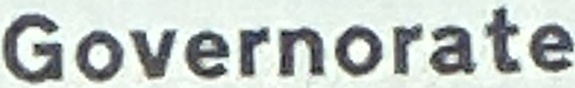
Governorate